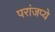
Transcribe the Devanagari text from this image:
परांजप्ये